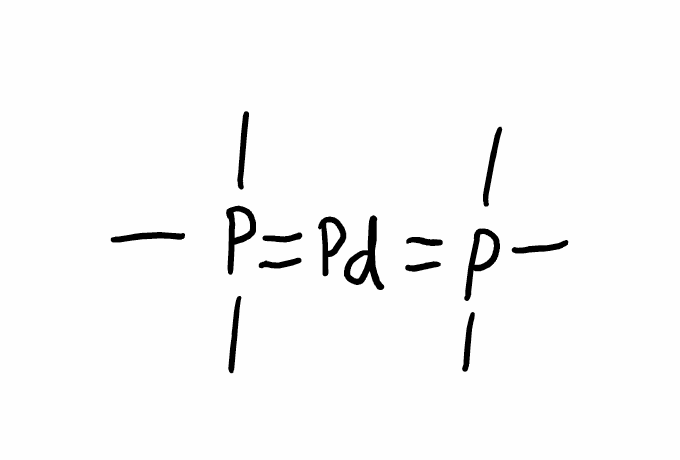
Simplified molecular-input line-entry system (SMILES) notation of the given molecule:
CP(=[Pd]=P(C)(C)C)(C)C